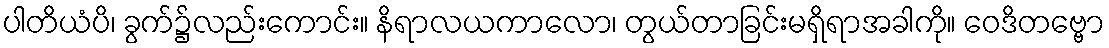
ပါတိယံပိ၊ ခွက်၌လည်းကောင်း။ နိရာလယကာလော၊ တွယ်တာခြင်းမရှိရာအခါကို။ ဝေဒိတဗ္ဗော